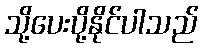
သို့ပေးပို့နိုင်ပါသည်